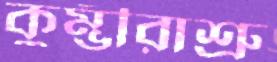
কুম্ভীরাশ্রু